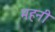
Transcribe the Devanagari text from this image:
महनी